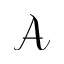
\mathcal { A }